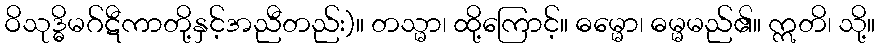
ဝိသုဒ္ဓိမဂ်ဋီကာတို့နှင့်အညီတည်း)။ တသ္မာ၊ ထို့ကြောင့်။ ဓမ္မော၊ ဓမ္မမည်၏။ ဣတိ၊ သို့။